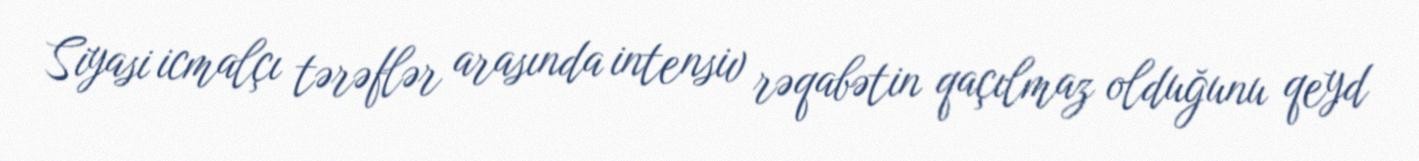
Siyasi icmalçı tərəflər arasında intensiv rəqabətin qaçılmaz olduğunu qeyd